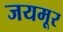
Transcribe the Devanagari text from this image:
जयमूर